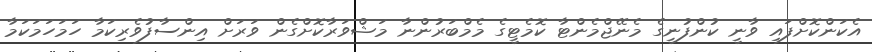
އެކަންކޮށްފައި ވާނީ ކުންފުނީގެ މެނޭޖްމެންޓާ ކޮމެޓީގެ މެމްބަރުންނާ މަޝްވަރާކޮށްގެން ވަރަށް އިންސާފުވެރިކަމާ ހަމަހަމަކަމާ